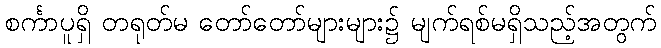
စင်္ကာပူရှိ တရုတ်မ တော်တော်များများ၌ မျက်ရစ်မရှိသည့်အတွက်